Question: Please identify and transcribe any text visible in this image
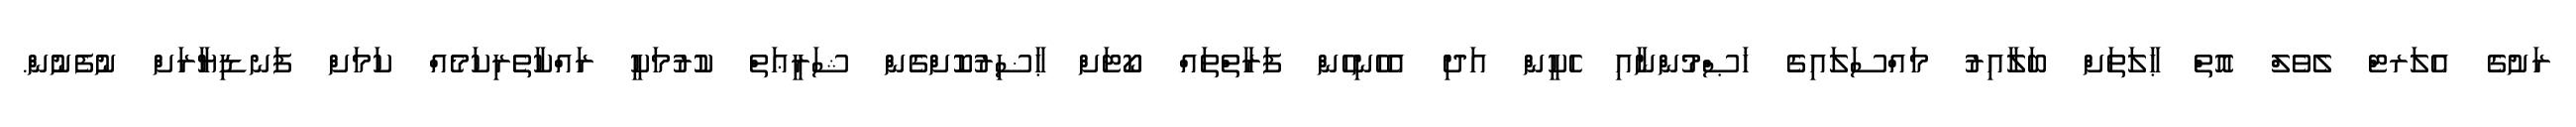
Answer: ރަށުގެ އެލަރޓް ލެވެލް އޮތް ޙާލަތަށް ބަލާއިރު މައްސަލައިގެ ޚަޞްމުންނާއި ހެކީން އަދި އެހެނިހެން ފަރާތްތައް ކޯޓަށް ޙާޟިރުކޮށްގެން ޝަރީޢަތް ކުރުމަކީ ރައްކާތެރިކަމެއް ކަމަށް ފަނޑިޔާރަށް ނުފެނުން.